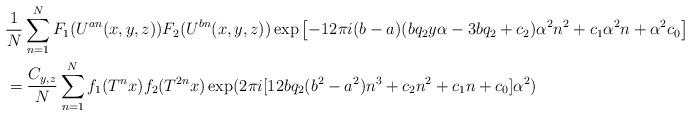
LaTeX: \begin{align*}& \frac{1}{N} \sum_{n=1}^N F_1(U^{an}(x, y, z)) F_2(U^{bn}(x, y, z))\exp \left[ -12\pi i (b-a)(bq_2y\alpha - 3bq_2 + c_2) \alpha^2n^2 + c_1\alpha^2n + \alpha^2c_0 \right] \\&= \frac{C_{y, z}}{N} \sum_{n=1}^N f_1(T^nx) f_2(T^{2n}x) \exp(2\pi i [12bq_2(b^2-a^2) n^3 + c_2n^2 + c_1n + c_0]\alpha^2)\end{align*}